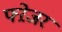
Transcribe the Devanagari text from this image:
फ्ऱेजर